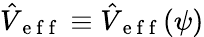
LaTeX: \hat{V}_{\mathrm{~e~f~f~}}\equiv\hat{V}_{\mathrm{~e~f~f~}}(\psi)